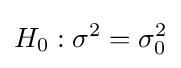
H_{0}:\sigma ^{2}=\sigma _{0}^{2}